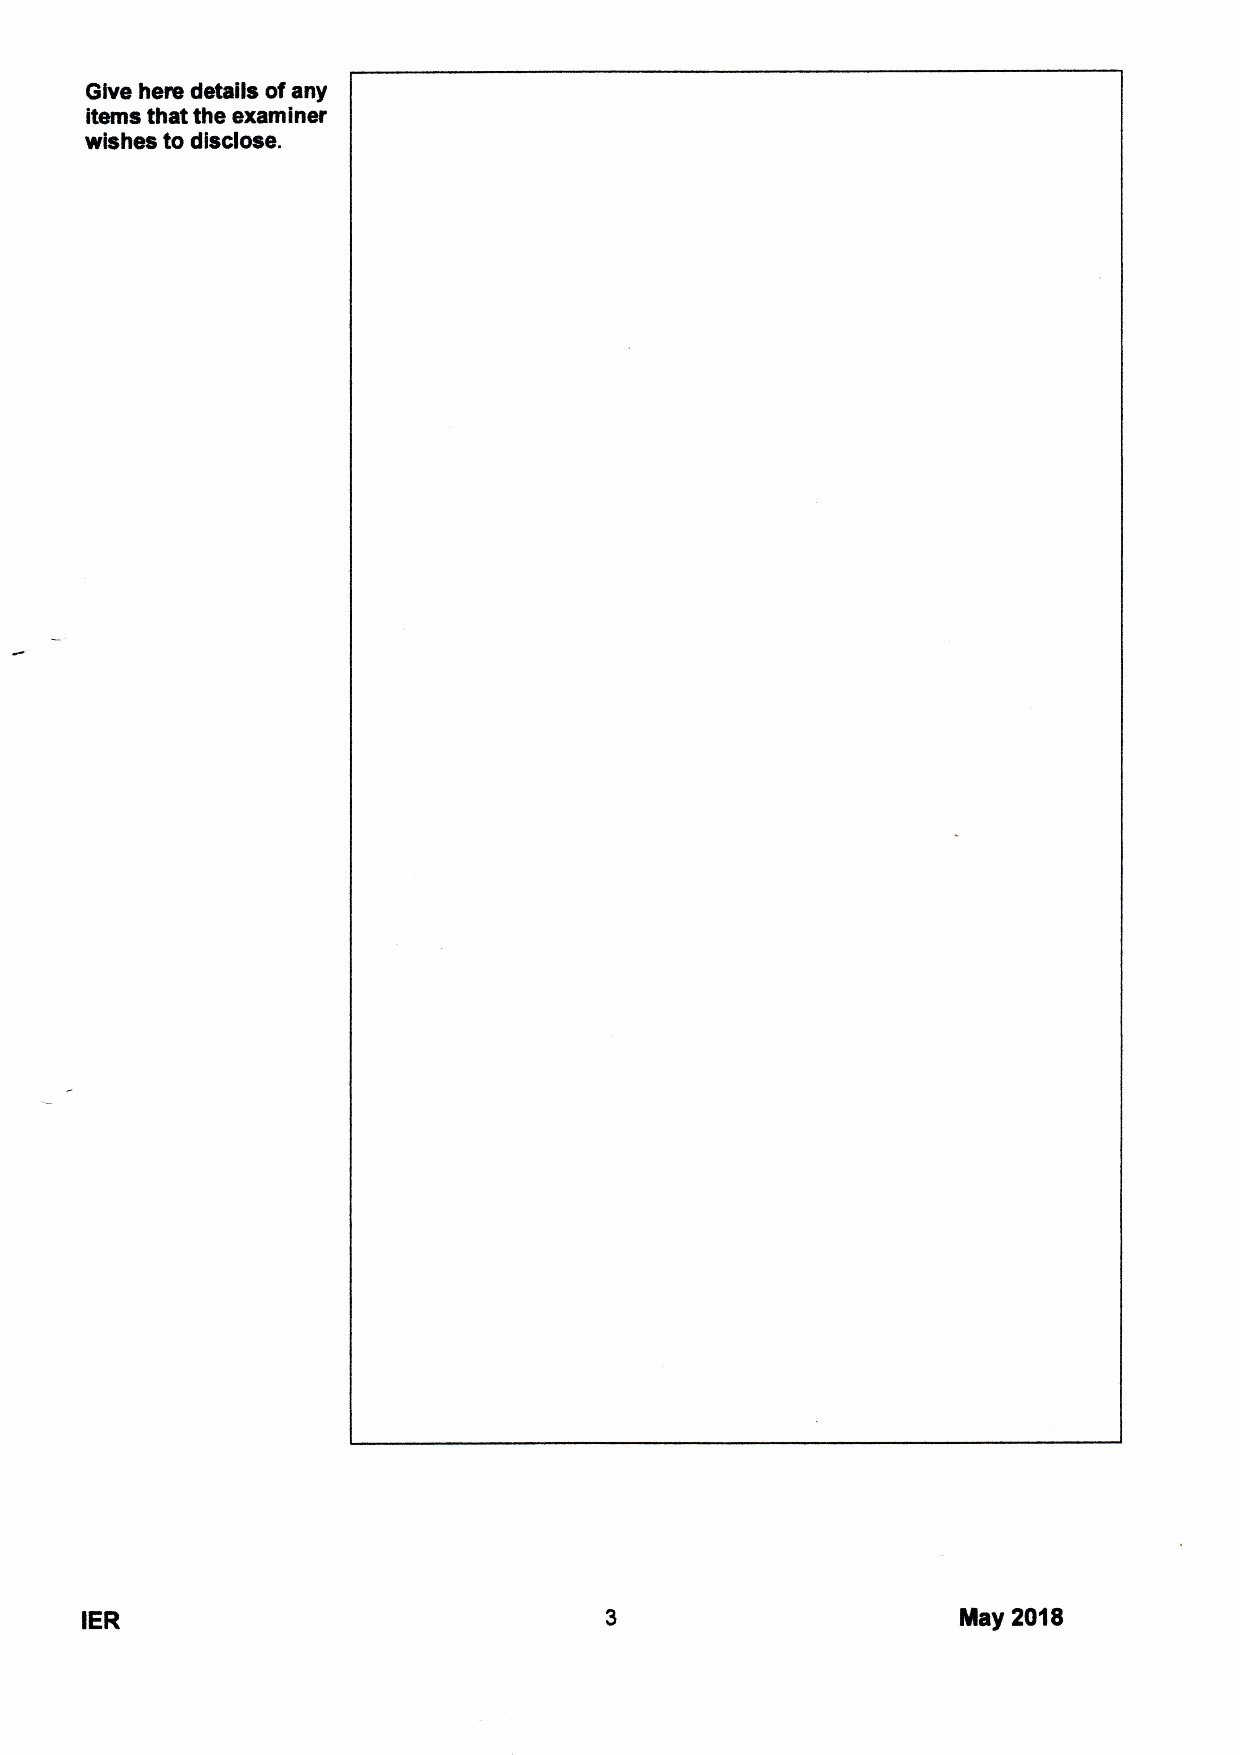
Give here details ofany
 items that the examiner
 wishes to disclose.
 IER                                                        May 2018